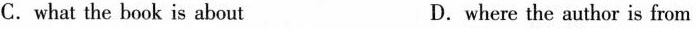
C.what the book is about D. where the author is from